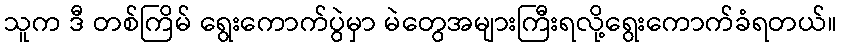
သူက ဒီ တစ်ကြိမ် ရွေးကောက်ပွဲမှာ မဲတွေအများကြီးရလို့ရွေးကောက်ခံရတယ်။